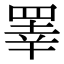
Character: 睪